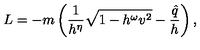
L = - m \left( \frac { 1 } { h ^ { \eta } } \sqrt { 1 - h ^ { \omega } v ^ { 2 } } - \frac { \hat { q } } { h } \right) ,